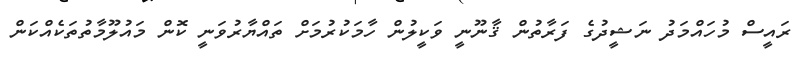
ރައީސް މުހައްމަދު ނަޝީދުގެ ފަރާތުން ޤާނޫނީ ވަކީލުން ހާމަކުރުމަށް ތައްޔާރުވަނީ ކޮން މައުލޫމާތުތަކެއްކަން